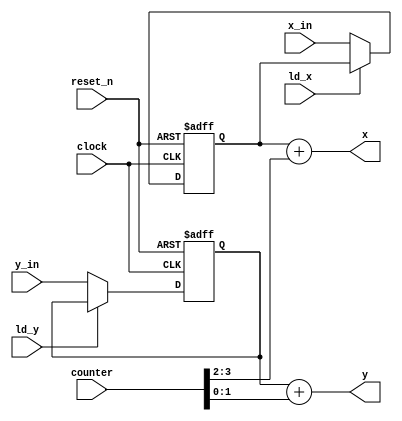
`timescale 1ns / 1ns // `timescale time_unit/time_precision

/* Datapath that sends coordinates to the VGA adapter to plot the ball */
module ball_display(x_in, y_in, reset_n, ld_x, ld_y, counter, clock, x, y);
	  
	/* Top-left coordinate of the ball  */
	input [7:0] x_in;
	input [6:0] y_in; 
	
	input reset_n; // resets the values in the registers and the counter to 0
	input ld_x; // active low, load x_in into the X register
	input ld_y; // active low, load y_in into the Y register
	input clock;
	input [3:0] counter;  // the counter in the ball module

	reg [7:0] RX_out;  // register for X
	reg [6:0] RY_out;  // register for Y
    
	/* VGA ball plotting coordinates for the ball */
	output [7:0] x;
	output [6:0] y;

	// X AND Y REGISTER LOAD
	always @ (posedge clock, negedge reset_n)
		begin
		if (!reset_n)
			begin
			RX_out <= 8'd0;
			RY_out <= 7'd0;
			end
		else
			begin
			if (!ld_x)
				RX_out <= x_in;
			if (!ld_y)
				RY_out <= y_in;
			end		
		end
	
	assign x = RX_out + counter[3:2];
	assign y = RY_out + counter[1:0];


endmodule